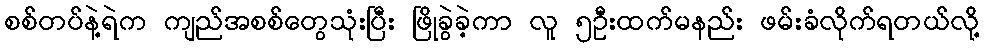
စစ်တပ်နဲ့ရဲက ကျည်အစစ်တွေသုံးပြီး ဖြိုခွဲခဲ့ကာ လူ ၅ဦးထက်မနည်း ဖမ်းခံလိုက်ရတယ်လို့